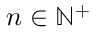
n \in \mathbb { N } ^ { + }